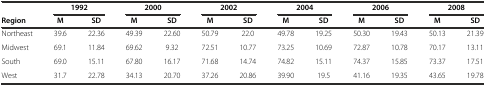
|  | <COLSPAN=2> 1992 | <COLSPAN=2> 2000 | <COLSPAN=2> 2002 | <COLSPAN=2> 2004 | <COLSPAN=2> 2006 | <COLSPAN=2> 2008 |
 | Region | M | SD | M | SD | M | SD | M | SD | M | SD | M | SD |
 | --- | --- | --- | --- | --- | --- | --- | --- | --- | --- | --- | --- | --- |
 | Northeast | 39.6 | 22.36 | 49.39 | 22.60 | 50.79 | 22.0 | 49.78 | 19.25 | 50.30 | 19.43 | 50.13 | 21.39 |
 | Midwest | 69.1 | 11.84 | 69.62 | 9.32 | 72.51 | 10.77 | 73.25 | 10.69 | 72.87 | 10.78 | 70.17 | 13.11 |
 | South | 69.0 | 15.11 | 67.80 | 16.17 | 71.68 | 14.74 | 74.82 | 15.11 | 74.37 | 15.85 | 73.37 | 17.51 |
 | West | 31.7 | 22.78 | 34.13 | 20.70 | 37.26 | 20.86 | 39.90 | 19.5 | 41.16 | 19.35 | 43.65 | 19.78 |